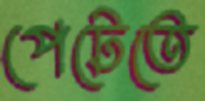
পেটেতে